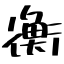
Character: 衡